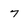
Character: 7